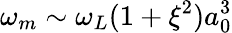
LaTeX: \omega_{m}\sim\omega_{L}(1+\xi^{2})a_{0}^{3}